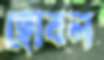
ছোবল